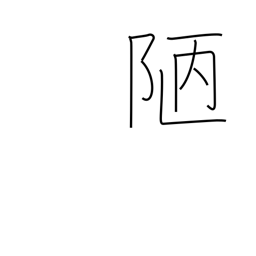
Meaning: meanness